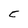
Character: C